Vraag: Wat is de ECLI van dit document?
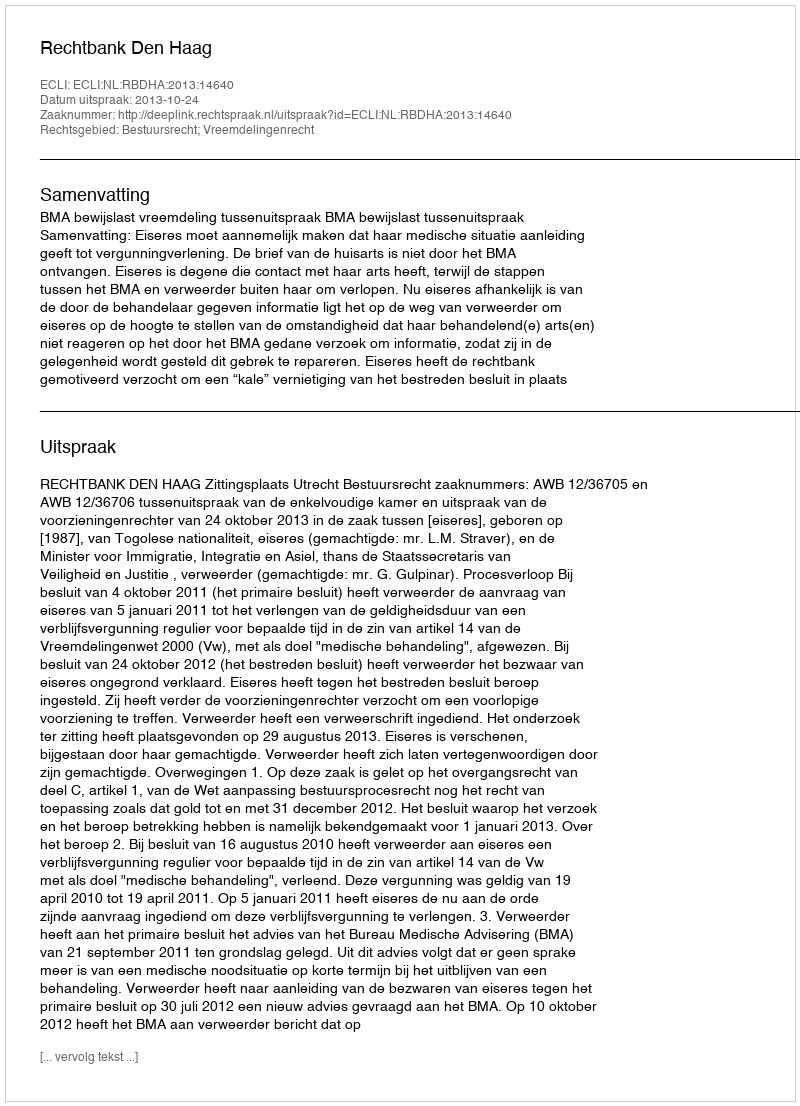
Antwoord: ECLI:NL:RBDHA:2013:14640